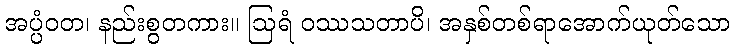
အပ္ပံဝတ၊ နည်းစွတကား။ ဩရံ ဝဿသတာပိ၊ အနှစ်တစ်ရာအောက်ယုတ်သော